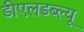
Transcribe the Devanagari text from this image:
डीएलडब्ल्यू